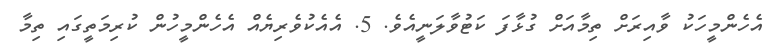
އެހެންމީހަކު ވާއިރަށް ތިމާއަށް ގުޅާފަ ކަޓުވާލަނީއެވެ. 5. އެއެކުވެރިޔެއް އެހެންމީހުން ކުރިމަތީގައި ތިމާ